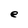
Character: e